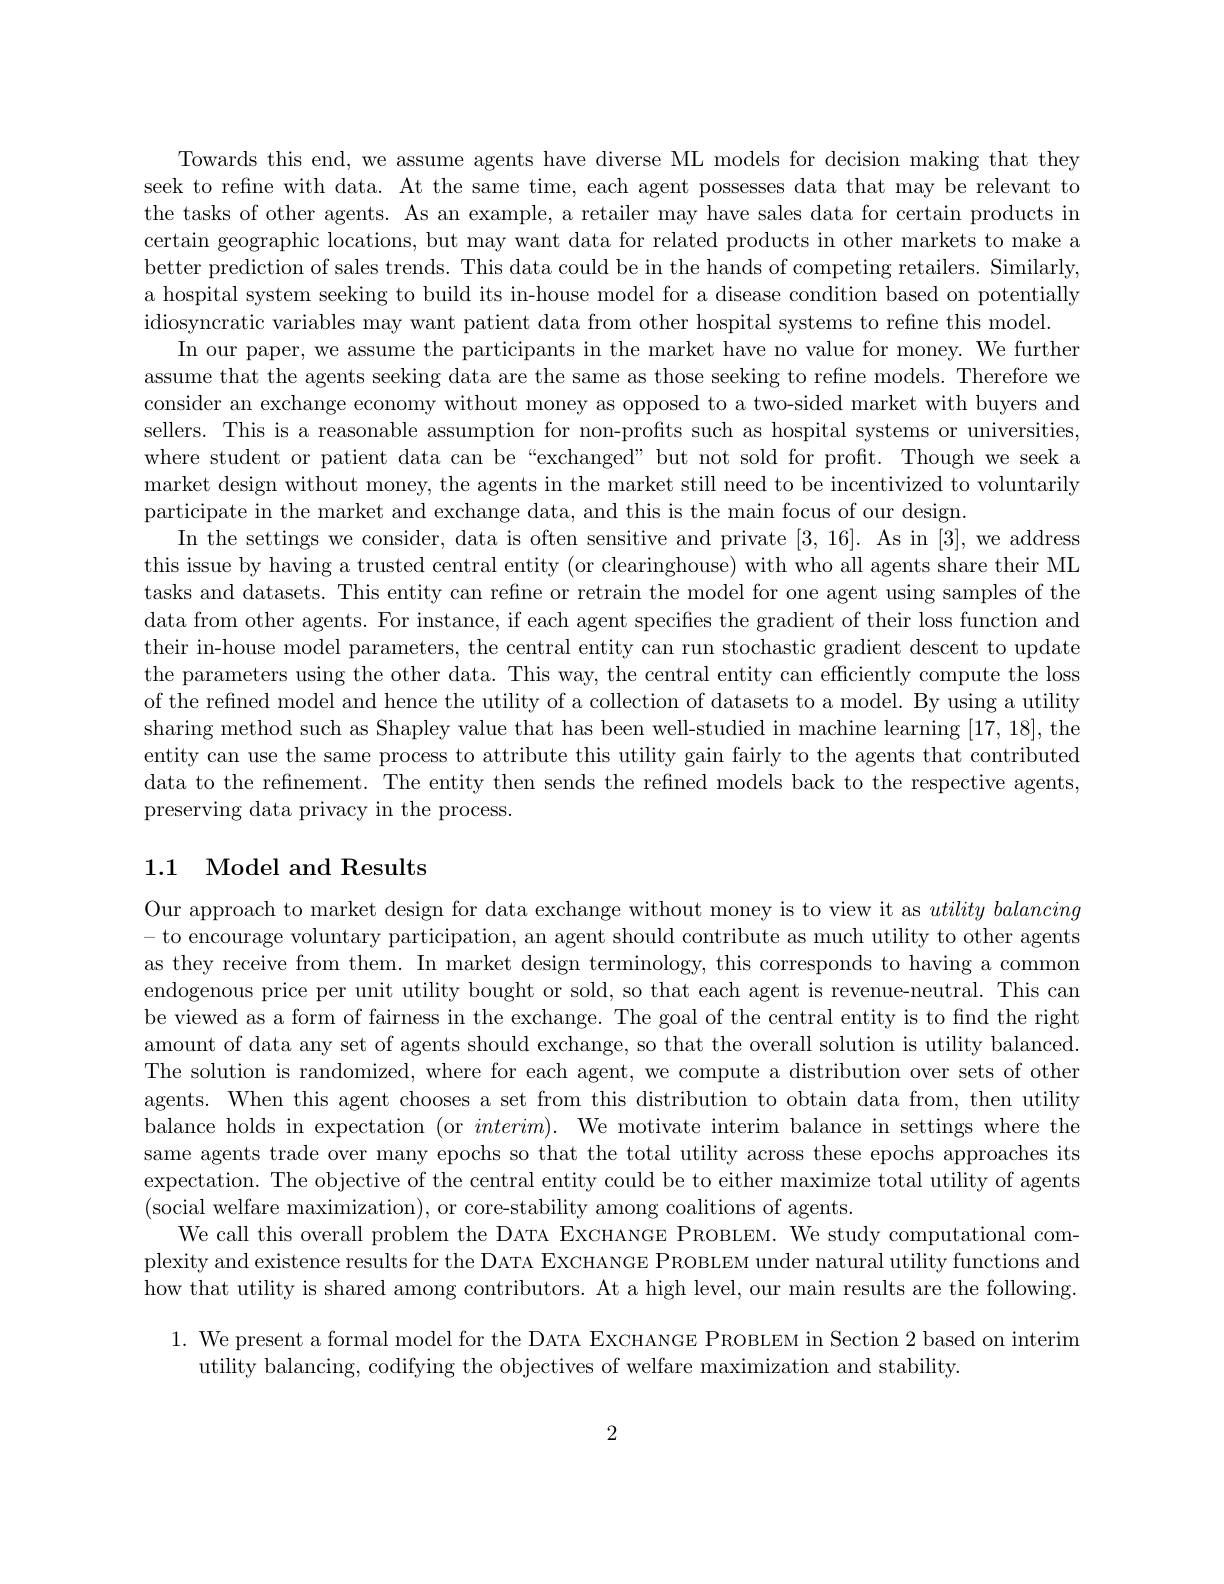
Towards this end, we assume agents have diverse ML models for decision making that they seek to refine with data. At the same time, each agent possesses data that may be relevant to the tasks of other agents. As an example, a retailer may have sales data for certain products in certain geographic locations, but may want data for related products in other markets to make a better prediction of sales trends. This data could be in the hands of competing retailers. Similarly, a hospital system seeking to build its in-house model for a disease condition based on potentially idiosyncratic variables may want patient data from other hospital systems to refine this model.
In our paper, we assume the participants in the market have no value for money. We further assume that the agents seeking data are the same as those seeking to refine models. Therefore we consider an exchange economy without money as opposed to a two-sided market with buyers and sellers. This is a reasonable assumption for non-profits such as hospital systems or universities, where student or patient data can be “exchanged” but not sold for profit. Though we seek a market design without money, the agents in the market still need to be incentivized to voluntarily participate in the market and exchange data, and this is the main focus of our design.
In the settings we consider, data is often sensitive and private [3,16]. As in [3],we address this issue by having a trusted central entity (or clearinghouse) with who all agents share their ML tasks and datasets. This entity can refine or retrain the model for one agent using samples of the data from other agents. For instance, if each agent specifies the gradient of their loss function and their in-house model parameters, the central entity can run stochastic gradient descent to update the parameters using the other data. This way, the central entity can efficiently compute the loss of the refined model and hence the utility of a collection of datasets to a model. By using a utility sharing method such as Shapley value that has been well-studied in machine learning [17,18], the entity can use the same process to attribute this utility gain fairly to the agents that contributed data to the refinement. The entity then sends the refined models back to the respective agents, preserving data privacy in the process.

## 1.1 Model and Results

Our approach to market design for data exchange without money is to view it as $utility\textit{balancing}$ - to encourage voluntary participation, an agent should contribute as much utility to other agents as they receive from them. In market design terminology, this corresponds to having a common endogenous price per unit utility bought or sold, so that each agent is revenue-neutral. This can be viewed as a form of fairness in the exchange. The goal of the central entity is to find the right amount of data any set of agents should exchange, so that the overall solution is utility balanced. The solution is randomized, where for each agent, we compute a distribution over sets of other agents. When this agent chooses a set from this distribution to obtain data from, then utility balance holds in expectation (or $interim) .$ We motivate interim balance in settings where the same agents trade over many epochs so that the total utility across these epochs approaches its expectation. The objective of the central entity could be to either maximize total utility of agents (social welfare maximization), or core-stability among coalitions of agents.
We call this overall problem the DATA EXCHANGE PROBLEM. We study computational complexity and existence results for the DATA EXCHANGE PROBLEM under natural utility functions and how that utility is shared among contributors. At a high level, our main results are the following.
1. We present a formal model for the DATA EXCHANGE PROBLEM in Section 2 based on interim
utility balancing, codifying the objectives of welfare maximization and stability.

2